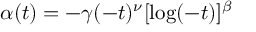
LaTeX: \alpha ( t ) = - \gamma ( - t ) ^ { \nu } [ \log ( - t ) ] ^ { \beta }